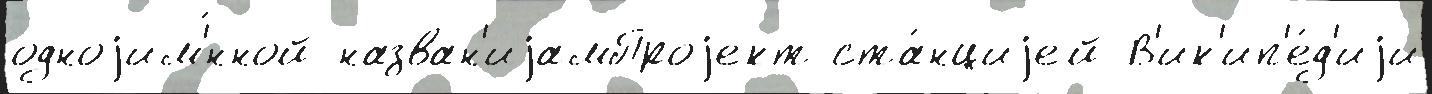
одноjим'́нной назван'иjамПроjект ста́нциjей В'ик'ип'е́д'иjи